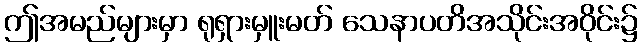
ဤအမည်များမှာ ရုရှားမှူးမတ် သေနာပတိအသိုင်းအဝိုင်း၌